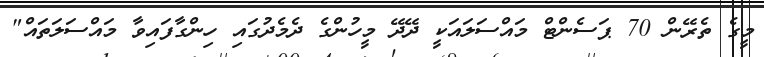
މީގެ ތެރޭން 70 ޕަސެންޓް މައްސަލައަކީ ދޭދޭ މީހުންގެ ދެމެދުގައި ހިންގާފައިވާ މައްސަލަތައް"